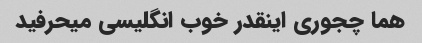
هما چجوری اینقدر خوب انگلیسی میحرفید